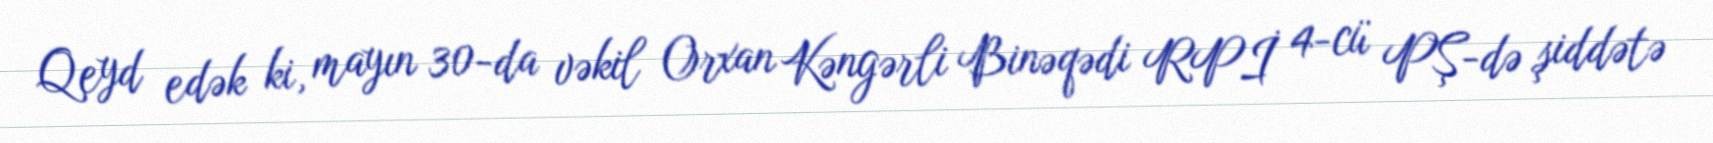
Qeyd edək ki, mayın 30-da vəkil Orxan Kəngərli Binəqədi RPİ 4-cü PŞ-də şiddətə